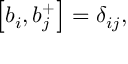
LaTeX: \left[ b _ { i } , b _ { j } ^ { + } \right] = \delta _ { i j } ,